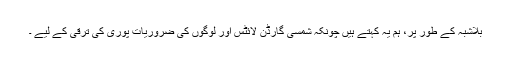
بلاشبہ کے طور پر، ہم یہ کہتے ہیں چونکہ شمسی گارڈن لائٹس اور لوگوں کی ضروریات پوری کی ترقی کے لیے ۔